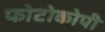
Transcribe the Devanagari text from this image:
फोटोकोपी